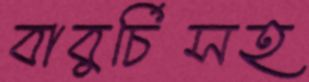
বাবুর্চিসহ